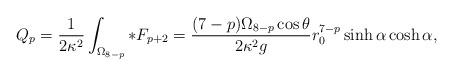
LaTeX: \begin{align*}Q_p =\frac{1}{2\kappa^2}\int_{\Omega_{8-p}}*F_{p+2} =\frac{(7-p)\Omega_{8-p} \cos\theta}{2\kappa^2 g}r_0^{7-p} \sinh\alpha \cosh\alpha,\end{align*}